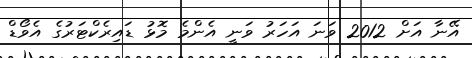
އޭނާ އަށް 2012 ވަނަ އަހަރު ވަނީ އެންމެ މޮޅު ޑައިރެކްޓަރުގެ އެވޯޑް